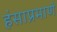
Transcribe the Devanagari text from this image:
हंसाप्रमाणे